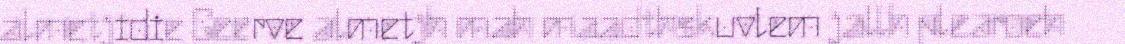
almetjidie Geerve almetjh mah maadthskuvlem jallh plearoeh